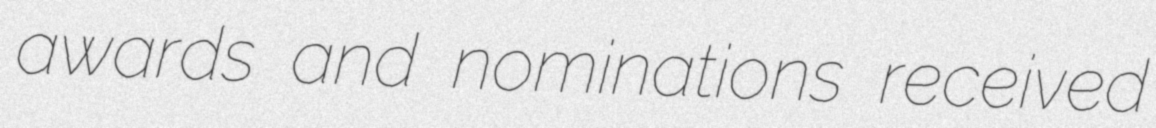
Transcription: awards and nominations received